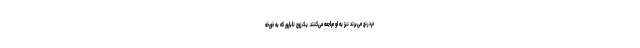
درد رنج می‌برند نیز به او مراجعه می‌کنند. یک زوج نابارور که به خورخه